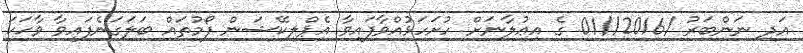
އަދި ނަންބަރު /2016//01 ގެ އިޢުލާނަށް ހުށަހަޅުއްވާފައިވާ އެޕްލިކޭޝަން ފޯމުތައް ބަލަގަނެފައިވާ ވާހަކަ